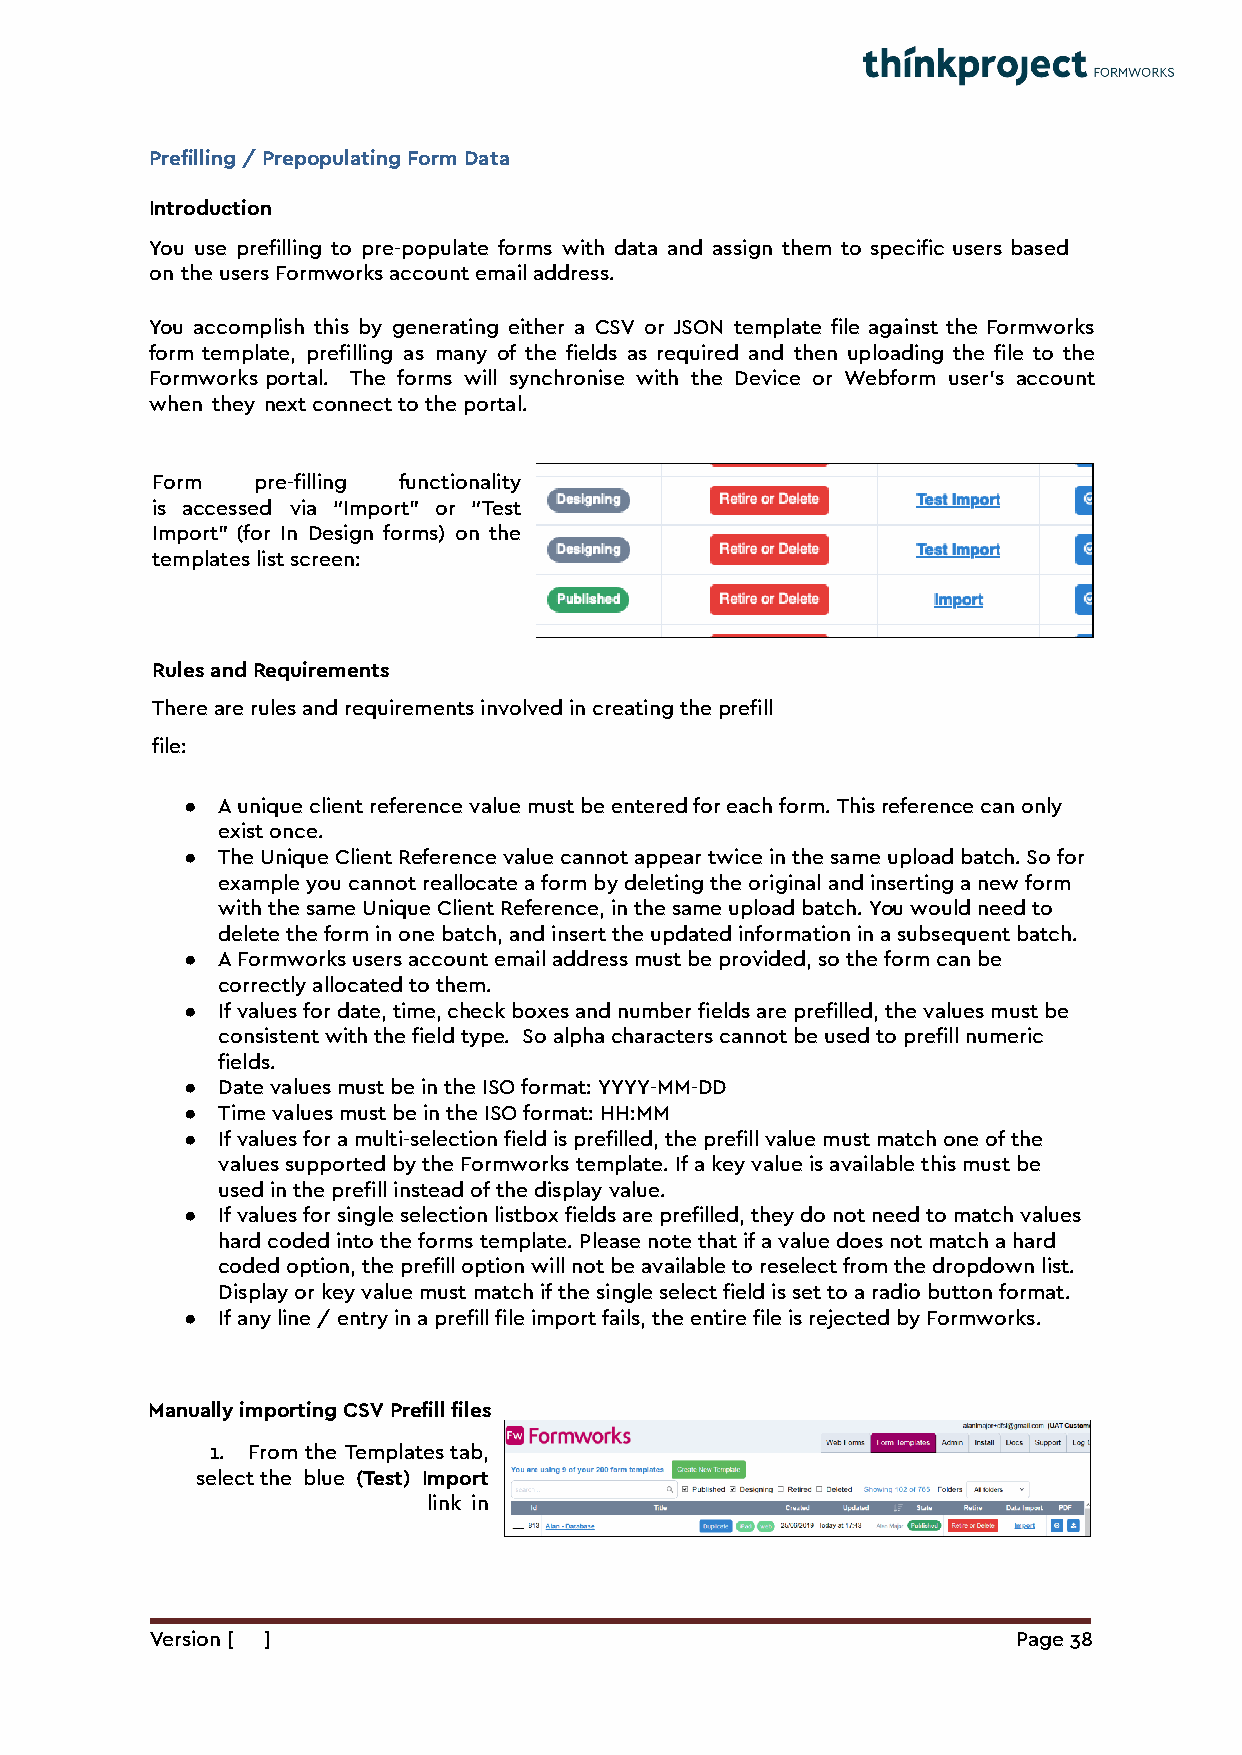
Prefilling / Prepopulating Form Data
 Introduction
 You use prefilling to pre-populate forms with data and assign them to specific users based
 on the users Formworks account email address.
 You accomplish this by generating either a CSV or JSON template file against the Formworks
 form template, prefilling as many of the fields as required and then uploading the file to the
 Formworks portal. The forms will synchronise with the Device or Webform user’s account
 when they next connect to the portal.
 Form   pre-filling functionality
 is accessed via “Import” or “Test
 Import” (for In Design forms) on the
 templates list screen:
 Rules and Requirements
 There are rules and requirements involved in creating the prefill
 file:
 ● A unique client reference value must be entered for each form. This reference can only
 exist once.
 ● The Unique Client Reference value cannot appear twice in the same upload batch. So for
 example you cannot reallocate a form by deleting the original and inserting a new form
 with the same Unique Client Reference, in the same upload batch. You would need to
 delete the form in one batch, and insert the updated information in a subsequent batch.
 ● A Formworks users account email address must be provided, so the form can be
 correctly allocated to them.
 ● If values for date, time, check boxes and number fields are prefilled, the values must be
 consistent with the field type. So alpha characters cannot be used to prefill numeric
 fields.
 ● Date values must be in the ISO format: YYYY-MM-DD
 ● Time values must be in the ISO format: HH:MM
 ● If values for a multi-selection field is prefilled, the prefill value must match one of the
 values supported by the Formworks template. If a key value is available this must be
 used in the prefill instead of the display value.
 ● If values for single selection listbox fields are prefilled, they do not need to match values
 hard coded into the forms template. Please note that if a value does not match a hard
 coded option, the prefill option will not be available to reselect from the dropdown list.
 Display or key value must match if the single select field is set to a radio button format.
 ● If any line / entry in a prefill file import fails, the entire file is rejected by Formworks.
 Manually importing CSV Prefill files
 1. From the Templates tab,
 select the blue (Test) Import
 link in
 Version [ ]                                              Page 38